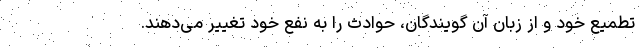
تطمیع خود و از زبان آن گویندگان، حوادث را به نفع خود تغییر می‌دهند.